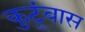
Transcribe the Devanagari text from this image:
कुटूंबास